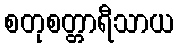
စတုစတ္တာရီသာယ